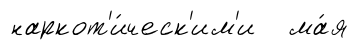
наркот'и́ческ'им'и ма́я